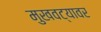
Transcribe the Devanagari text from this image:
मुखवट्यावर